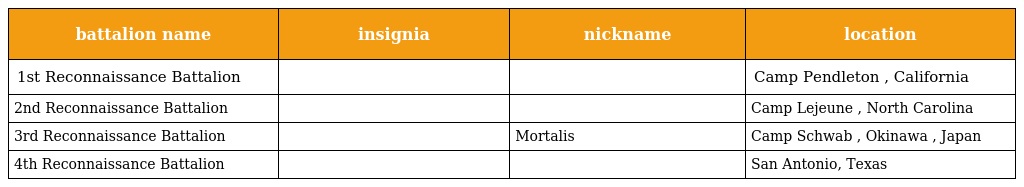
| battalion name | insignia | nickname | location |
 | --- | --- | --- | --- |
 | 1st Reconnaissance Battalion |  |  | Camp Pendleton , California |
 | 2nd Reconnaissance Battalion |  |  | Camp Lejeune , North Carolina |
 | 3rd Reconnaissance Battalion |  | Mortalis | Camp Schwab , Okinawa , Japan |
 | 4th Reconnaissance Battalion |  |  | San Antonio, Texas |